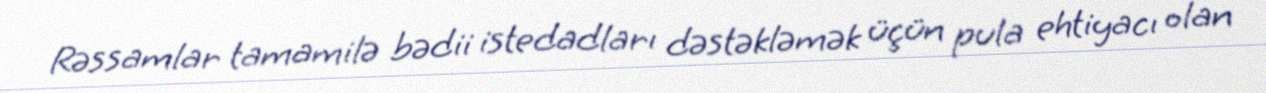
Rəssamlar tamamilə bədii istedadları dəstəkləmək üçün pula ehtiyacı olan